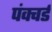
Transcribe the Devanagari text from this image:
पंक्चर्ड